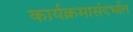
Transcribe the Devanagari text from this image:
कार्यक्रमासंदर्भात